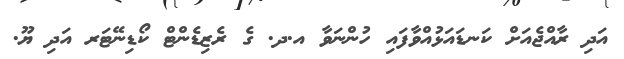
އަދި ރާއްޖެއަށް ކަނޑައަޅުއްވާފައި ހުންނަވާ އ.ދ. ގެ ރެޒިޑެންޓް ކޯޑިނޭޓަރ އަދި ޔޫ.